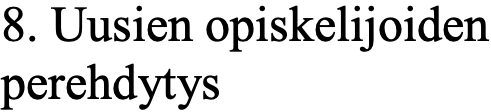
8. Uusien opiskelijoiden perehdytys